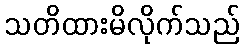
သတိထားမိလိုက်သည်